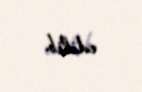
edilib.